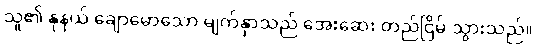
သူ၏ နုနယ် ချောမောသော မျက်နှာသည် အေးဆေး တည်ငြိမ် သွားသည်။